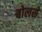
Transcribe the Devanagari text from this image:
बोलसें